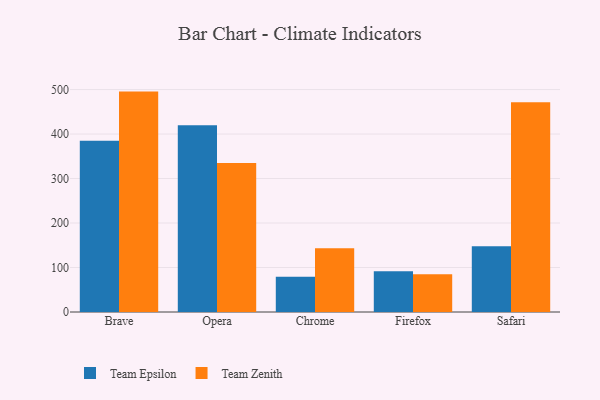
{"axis": {"x": "Browser", "y": "Market Share (%)"}, "legend": ["Team Epsilon", "Team Zenith"], "data": [{"x": "Brave", "y": 384.7, "type": "Team Epsilon"}, {"x": "Brave", "y": 495.4, "type": "Team Zenith"}, {"x": "Opera", "y": 420.0, "type": "Team Epsilon"}, {"x": "Opera", "y": 334.8, "type": "Team Zenith"}, {"x": "Chrome", "y": 79.3, "type": "Team Epsilon"}, {"x": "Chrome", "y": 143.1, "type": "Team Zenith"}, {"x": "Firefox", "y": 91.5, "type": "Team Epsilon"}, {"x": "Firefox", "y": 84.6, "type": "Team Zenith"}, {"x": "Safari", "y": 147.7, "type": "Team Epsilon"}, {"x": "Safari", "y": 471.4, "type": "Team Zenith"}]}